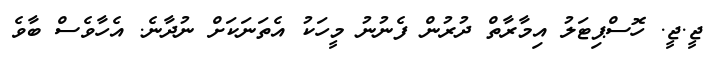
ޖީ.ޖީ. ހޮސްޕިޓަލު އިމާރާތް ދުރުން ފެނުނު މީހަކު އެތަނަކަށް ނުދާނެ. އެހާވެސް ބާވެ